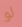
لو